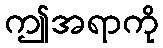
ဤအရာကို